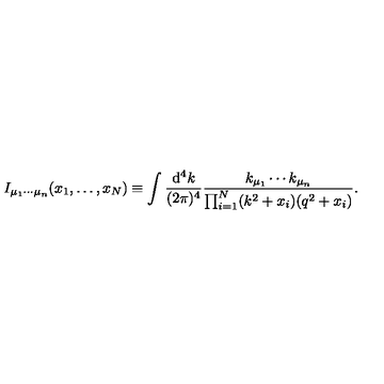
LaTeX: I _ { \mu _ { 1 } \cdots \mu _ { n } } ( x _ { 1 } , \ldots , x _ { N } ) \equiv \int \frac { \mathrm { d } ^ { 4 } k } { ( 2 \pi ) ^ { 4 } } \frac { k _ { \mu _ { 1 } } \cdots k _ { \mu _ { n } } } { \prod _ { i = 1 } ^ { N } ( k ^ { 2 } + x _ { i } ) ( q ^ { 2 } + x _ { i } ) } .